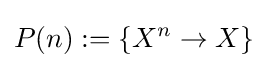
P(n):=\{X^{n}\to X\}